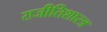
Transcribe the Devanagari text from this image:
राजीतिशारत्र